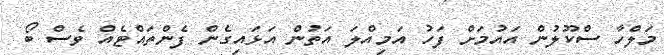
މަލްހާ ސްކޫލުން އައުމަށް ފަހު އަމިއްލަ އަތުން އަޅައިގެން ފެންތައްޓެއް ވެސް ބޯ